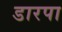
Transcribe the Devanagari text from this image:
डारपा